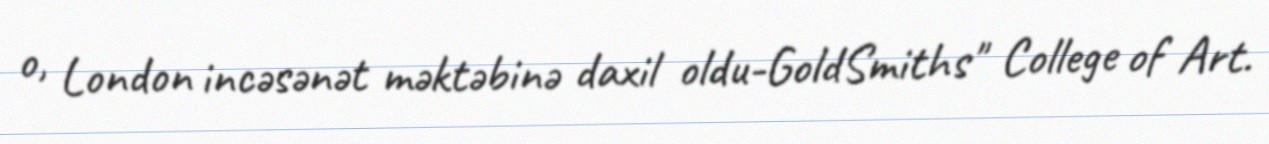
o, London incəsənət məktəbinə daxil oldu-GoldSmiths" College of Art.